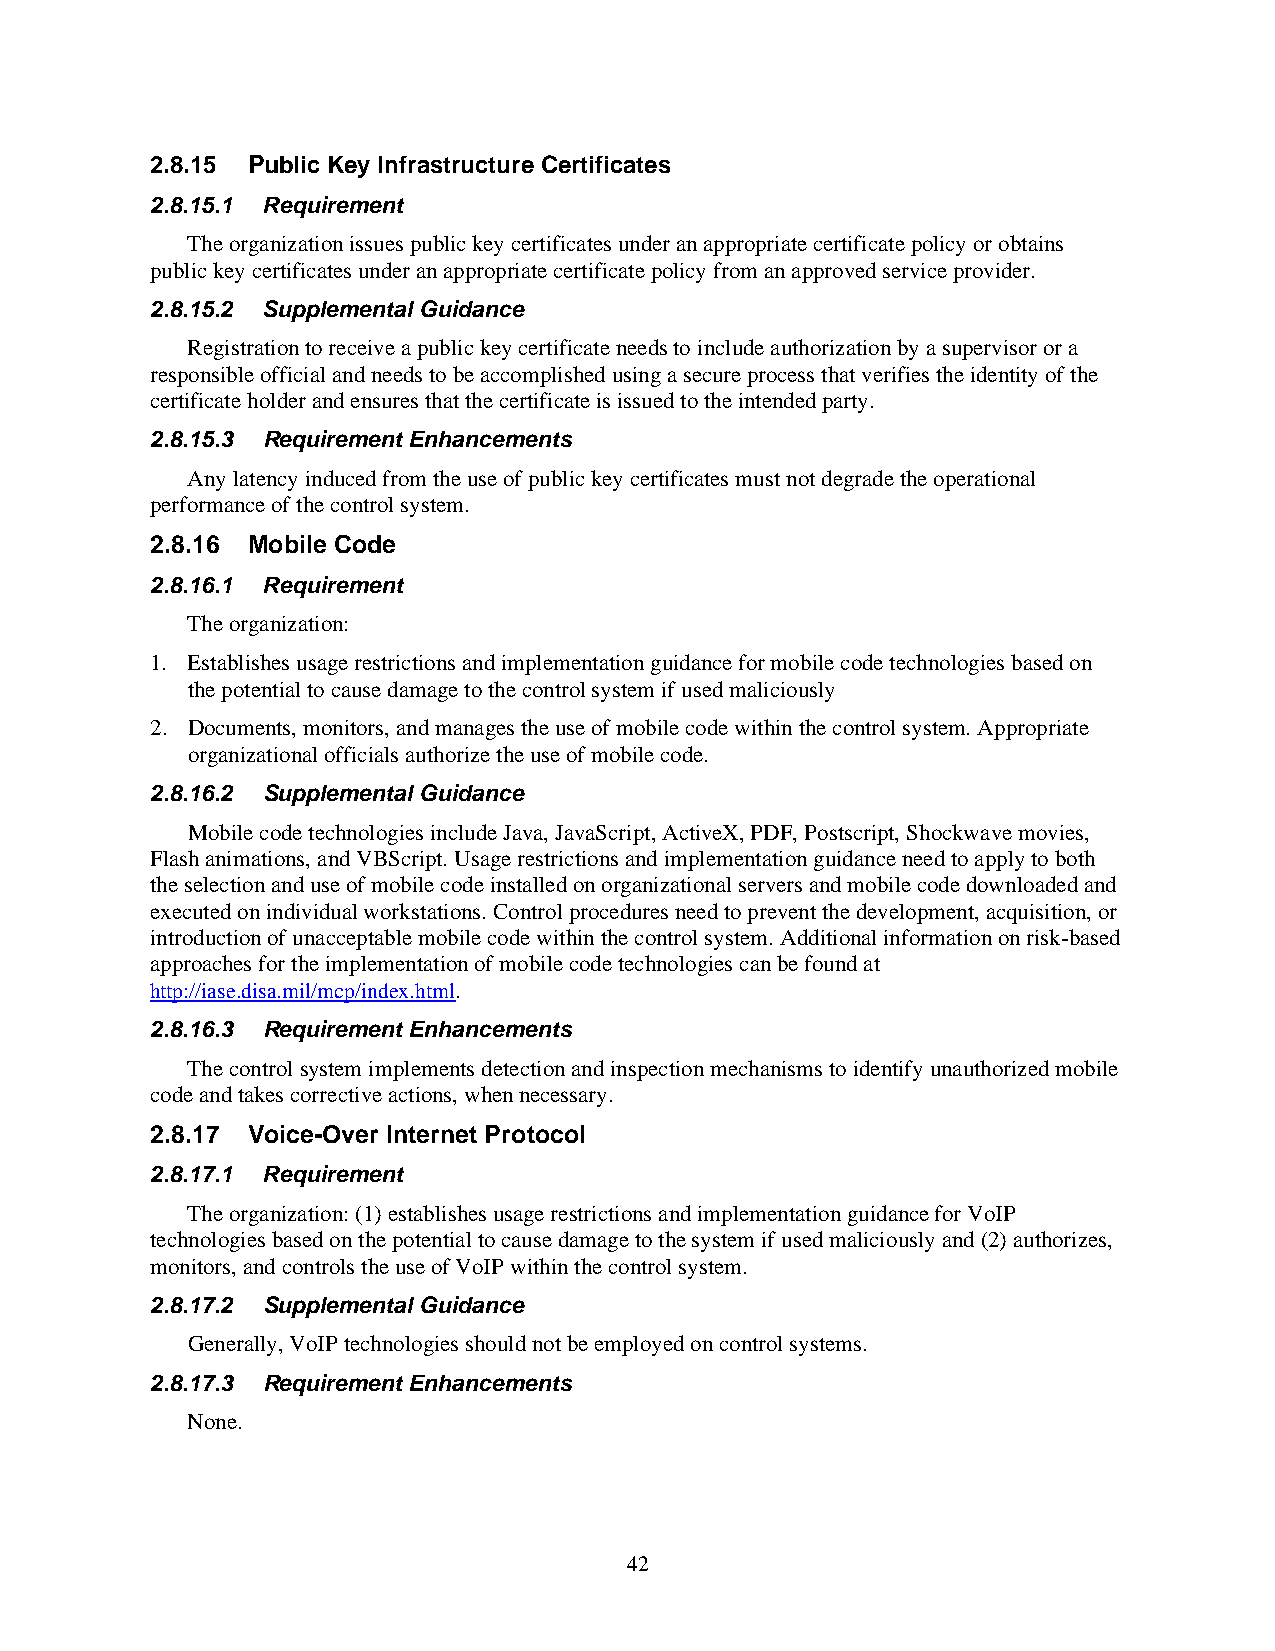
2.8.15 Public Key Infrastructure Certificates
 2.8.15.1 Requirement
 The organization issues public key certificates under an appropriate certificate policy or obtains
 public key certificates under an appropriate certificate policy from an approved service provider.
 2.8.15.2 Supplemental Guidance
 Registration to receive a public key certificate needs to include authorization by a supervisor or a
 responsible official and needs to be accomplished using a secure process that verifies the identity of the
 certificate holder and ensures that the certificate is issued to the intended party.
 2.8.15.3 Requirement Enhancements
 Any latency induced from the use of public key certificates must not degrade the operational
 performance of the control system.
 2.8.16 Mobile Code
 2.8.16.1 Requirement
 The organization:
 1. Establishes usage restrictions and implementation guidance for mobile code technologies based on
 the potential to cause damage to the control system if used maliciously
 2. Documents, monitors, and manages the use of mobile code within the control system. Appropriate
 organizational officials authorize the use of mobile code.
 2.8.16.2 Supplemental Guidance
 Mobile code technologies include Java, JavaScript, ActiveX, PDF, Postscript, Shockwave movies,
 Flash animations, and VBScript. Usage restrictions and implementation guidance need to apply to both
 the selection and use of mobile code installed on organizational servers and mobile code downloaded and
 executed on individual workstations. Control procedures need to prevent the development, acquisition, or
 introduction of unacceptable mobile code within the control system. Additional information on risk-based
 approaches for the implementation of mobile code technologies can be found at
 http://iase.disa.mil/mcp/index.html.
 2.8.16.3 Requirement Enhancements
 The control system implements detection and inspection mechanisms to identify unauthorized mobile
 code and takes corrective actions, when necessary.
 2.8.17 Voice-Over Internet Protocol
 2.8.17.1 Requirement
 The organization: (1) establishes usage restrictions and implementation guidance for VoIP
 technologies based on the potential to cause damage to the system if used maliciously and (2) authorizes,
 monitors, and controls the use of VoIP within the control system.
 2.8.17.2 Supplemental Guidance
 Generally, VoIP technologies should not be employed on control systems.
 2.8.17.3 Requirement Enhancements
 None.
 42